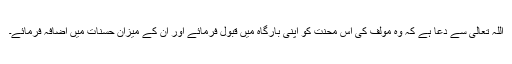
اللہ تعالی سے دعا ہے کہ وہ مولف کی اس محنت کو اپنی بارگاہ میں قبول فرمائے اور ان کے میزان حسنات میں اضافہ فرمائے۔